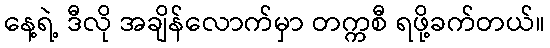
နေ့ရဲ့ ဒီလို အချိန်လောက်မှာ တက္ကစီ ရဖို့ခက်တယ်။